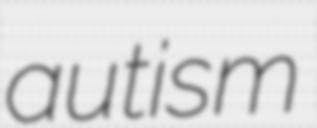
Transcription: autism